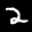
Label: 2